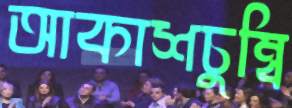
আকাশচুম্বি